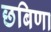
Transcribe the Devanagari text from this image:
छबिणा